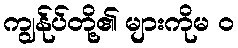
ကျွန်ုပ်တို့၏ များကိုမ ၀